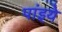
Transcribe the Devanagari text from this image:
पांइये